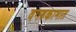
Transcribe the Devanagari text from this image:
दगडकामात